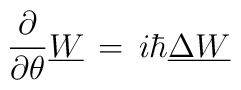
{\partial \over \partial \theta}  \underline W \,=\, i\hbar \underline \Delta \underline W